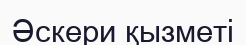
Әскери қызметі